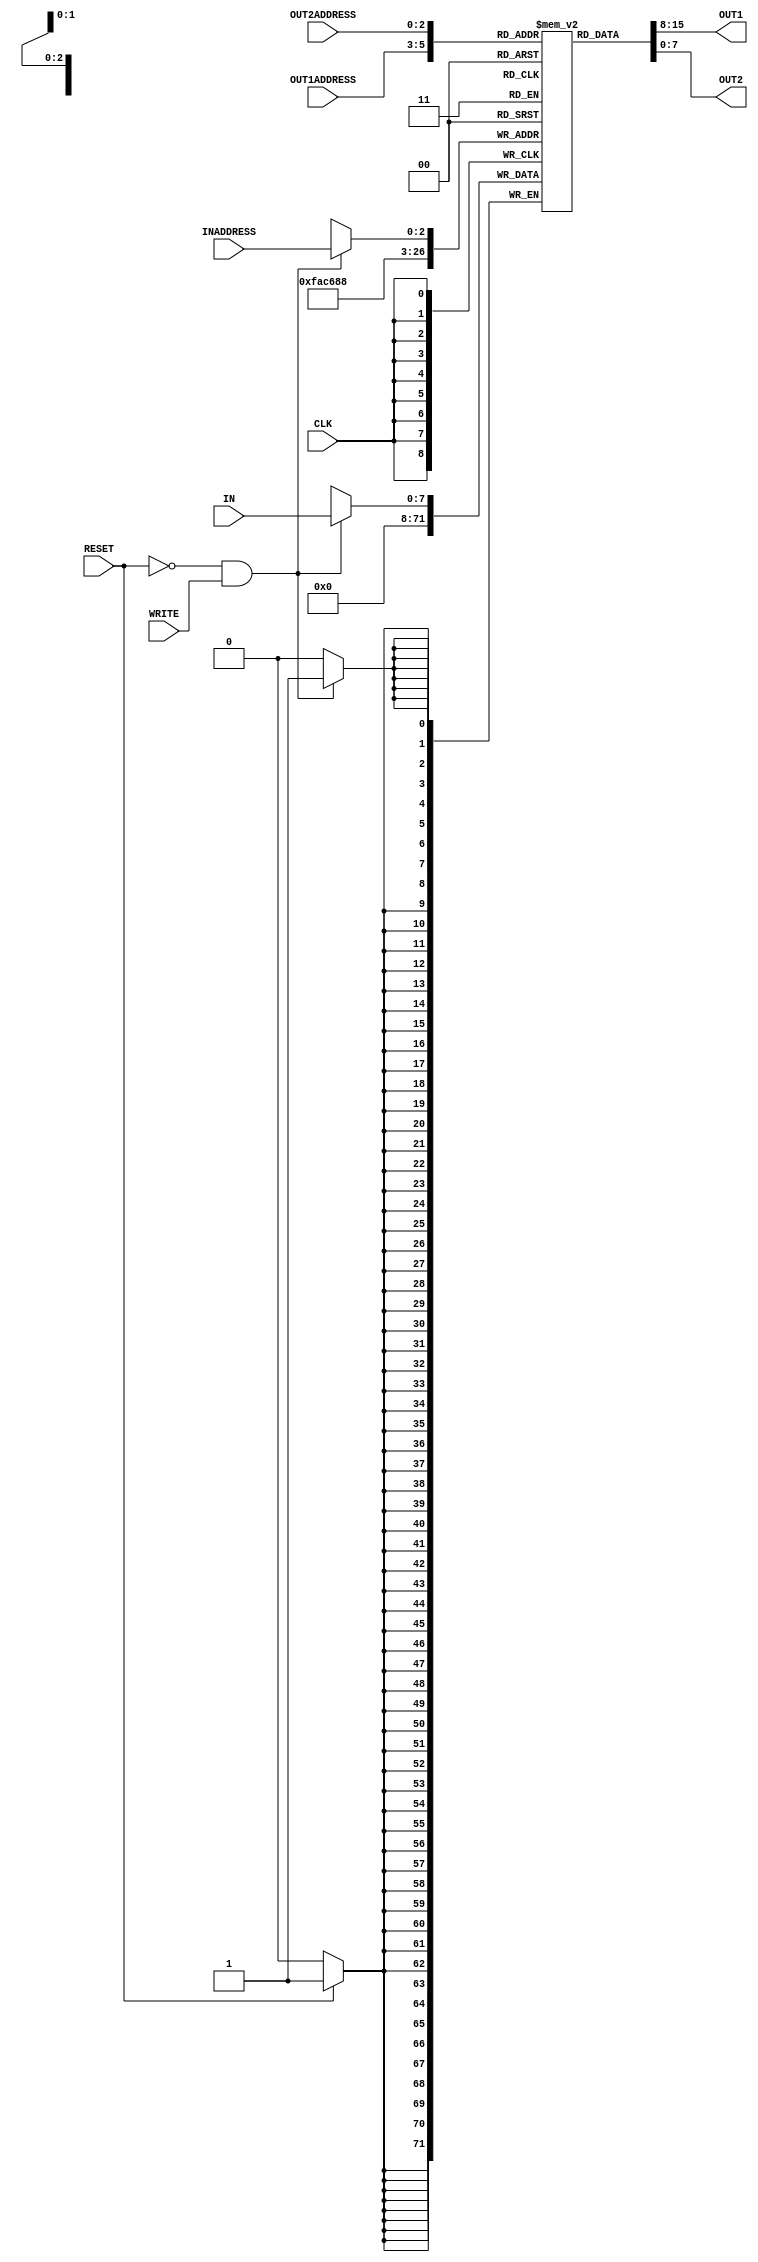
/*
 *
 *	Part 2 - Register File
 *  Group 2
 *
 */

module reg_file(IN, OUT1, OUT2, INADDRESS, OUT1ADDRESS, OUT2ADDRESS, WRITE, CLK, RESET);

	input WRITE, CLK, RESET;				// 1-bit inputs
	input [2:0] INADDRESS, OUT1ADDRESS, OUT2ADDRESS;	// 3-bits inputs
	input [7:0] IN;						// 8-bits input

	output [7:0] OUT1, OUT2;				// 8-bits outputs

	reg [7:0] registers[7:0];		// this represents the 8-bits(1 byte)  8 registers ( 8x8 registers )


	// integer regNum ;			// represet the register number for the RESET task

	// assign given addresses values to OUT1 and OUT2 respectively. this is asynchronous therefore, we use blocking statement with delay 2 units
	assign #2 OUT1 = registers[OUT1ADDRESS];	
	assign #2 OUT2 = registers[OUT2ADDRESS];


	// write to given address register at positive edge of the clock
	always @(posedge CLK) 
	begin 
		// writting happens when WRITE is high. 
		// if statement includes only one row so don't use begin end keywords
		if (RESET == 0 && WRITE ==1 )	
			
			// this is synchronous therefore, we use non-blocking statement with delay 1 unit.
			// write in to given register
			#1 registers[INADDRESS] <= IN ;

		
		// reset all the registers when RESET is high. 
		if ( RESET ) #1
		begin
			/*
			for(regNum = 0; regNum < 8 ; regNum = regNum + 1)begin
			
				registers[regNum] <= 'b00000000;

			end
			*/
			registers[0] <= 'b00000000;
			registers[1] <= 'b00000000;
			registers[2] <= 'b00000000;
			registers[3] <= 'b00000000;
			registers[4] <= 'b00000000;
			registers[5] <= 'b00000000;
			registers[6] <= 'b00000000;
			registers[7] <= 'b00000000;
			
		end
	
	end

endmodule